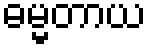
ဓမ္မတာယ